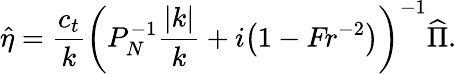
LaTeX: \hat{\eta}=\frac{c_{t}}{k}\biggl(P_{N}^{-1}\frac{|k|}{k}+i\bigl(1-\textit{Fr}^{-2}\bigl)\biggl)^{-1}\widehat{\Pi}.